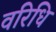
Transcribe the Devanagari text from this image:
वरिधि